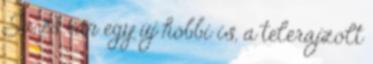
Ja, és van egy új hobbi is, a telerajzolt